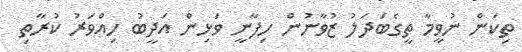
ތިކަން ނުވީމާ ތީގެބަދަލު ޒުވާނުން ހިފާނީ ވަޅިން އަދީބު ހިއްވަރު ކުރާތި